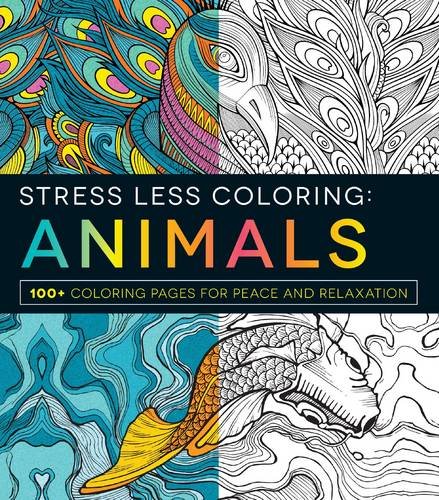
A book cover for Stress Less Coloring - Animals: 100+ Coloring Pages for Peace and Relaxation; Adams Media; Humor & Entertainment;